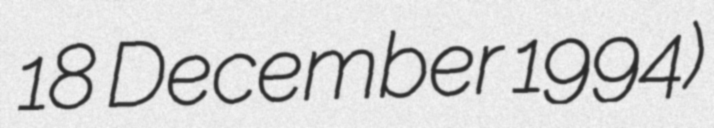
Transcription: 18 December 1994)